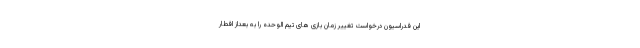
این فدراسیون درخواست تغییر زمان بازی های تیم الوحده را به بعداز افطار